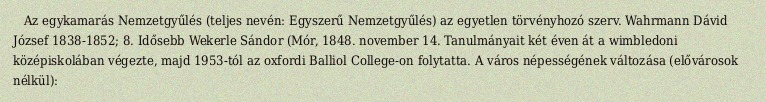
Az egykamarás Nemzetgyűlés (teljes nevén: Egyszerű Nemzetgyűlés) az egyetlen törvényhozó szerv. Wahrmann Dávid József 1838-1852; 8. Idősebb Wekerle Sándor (Mór, 1848. november 14. Tanulmányait két éven át a wimbledoni középiskolában végezte, majd 1953-tól az oxfordi Balliol College-on folytatta. A város népességének változása (elővárosok nélkül):